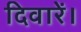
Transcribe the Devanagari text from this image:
दिवारें।